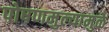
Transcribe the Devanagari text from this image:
पोषणमुल्यामुळे